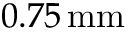
0 . 7 5 \, \mathrm { m m }